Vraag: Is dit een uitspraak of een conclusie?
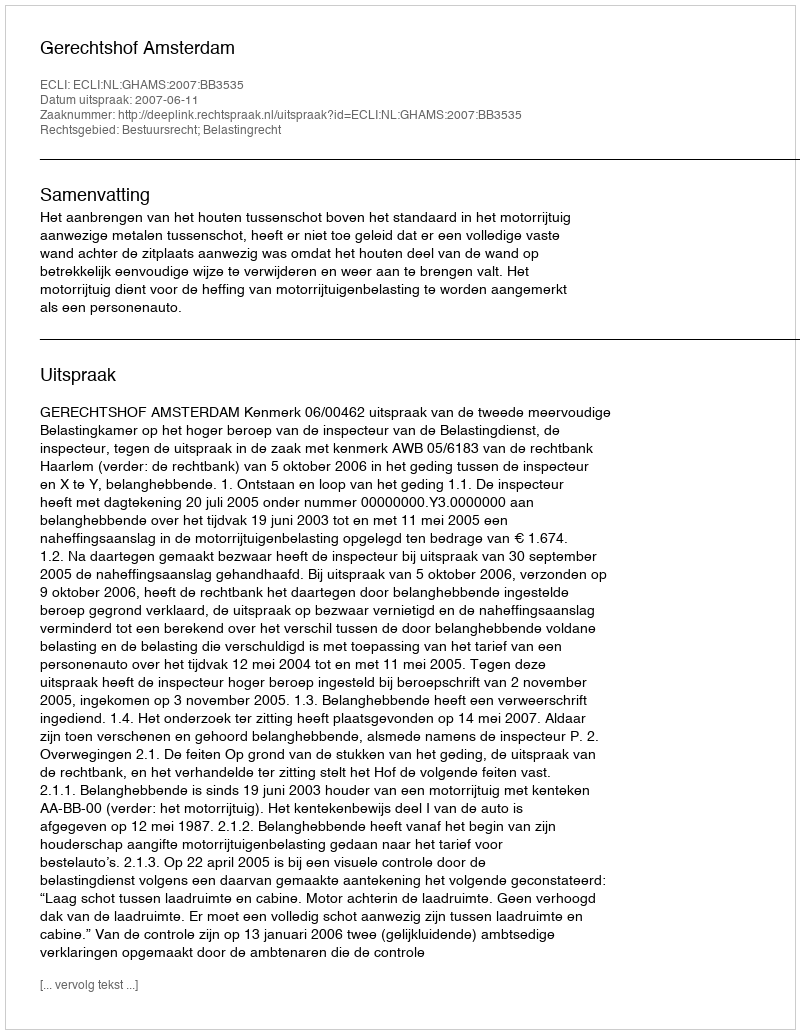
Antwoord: Uitspraak